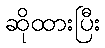
ဆိုထားပြီး